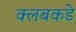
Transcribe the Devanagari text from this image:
क्लबकडे